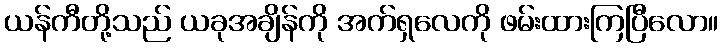
ယန်ကီတို့သည် ယခုအချိန်ကို အက်ရှလေကို ဖမ်းထားကြပြီလော။